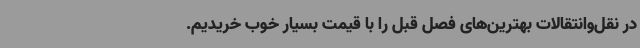
در نقل‌وانتقالات بهترین‌های فصل قبل را با قیمت بسیار خوب خریدیم.